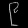
Digit: ၉